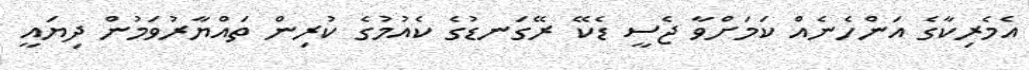
އެމެރިކާގެ އަންހެނެއް ކަމަށްވާ ޖެސީ ޑެކޭ ރޭގަނޑުގެ ކެއުމުގެ ކުރިން ތައްޔާރުވަމުން ދިޔައީ